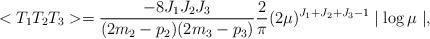
LaTeX: \begin{align*}<T_{1}T_{2}T_{3}>=\frac{-8J_{1}J_{2}J_{3}}{(2m_{2}-p_{2})(2m_{3}-p_{3})} \frac{2}{\pi}(2\mu ) ^{J_{1}+J_{2}+J_{3}-1}\mid \log \mu \mid , \end{align*}